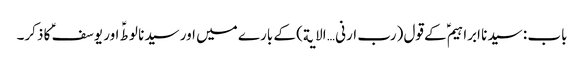
باب : سیدنا ابراہیمؑ کے قول (رب ارنی … الایة) کے بارے میں اور سیدنا لوطؑ اور یوسفؑ کا ذکر۔